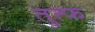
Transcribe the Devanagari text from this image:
तुत्फ